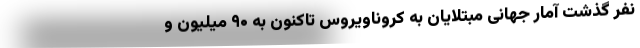
نفر گذشت آمار جهانیِ مبتلایان به کروناویروس تاکنون به ۹۰ میلیون و